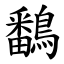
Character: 鷭